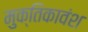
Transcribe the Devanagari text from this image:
मुक्तिकावंश